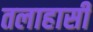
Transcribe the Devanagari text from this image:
तलाहासी